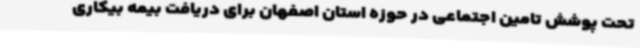
تحت پوشش تامین اجتماعی در حوزه استان اصفهان برای دریافت بیمه بیکاری